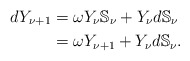
\begin{align*} dY_{\nu+1}&=\omega Y_{\nu}\mathbb{S}_{\nu}+Y_{\nu}d\mathbb{S}_{\nu}\\ \,&=\omega Y_{\nu+1}+Y_{\nu}d\mathbb{S}_{\nu}. \end{align*}